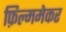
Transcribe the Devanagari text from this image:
फ़िल्ममेकर